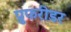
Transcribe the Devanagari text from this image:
प्रुफरीडर